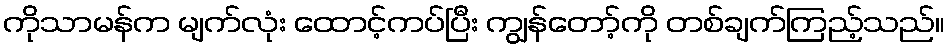
ကိုသာမန်က မျက်လုံး ထောင့်ကပ်ပြီး ကျွန်တော့်ကို တစ်ချက်ကြည့်သည်။